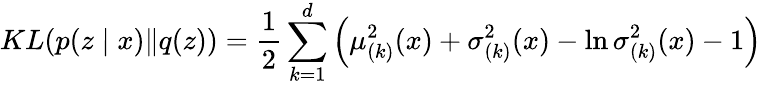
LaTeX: KL(p(z\mid x)\| q(z))=\frac{1}{2}\sum_{k=1}^{d}\left(\mu_{(k)}^{2}(x)+\sigma_{(k)}^{2}(x)-\ln\sigma_{(k)}^{2}(x)-1\right)